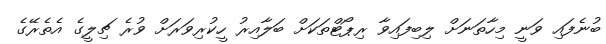
ބުނެފައި ވަނީ މިހާތަނަށް ލިބިފައިވާ ރިޕޯޓްތަކަށް ބަލާއިރު ހީކުރިވަރަށް ވުރެ ޗިލީގެ އެތެރޭގެ